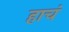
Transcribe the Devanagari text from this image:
हाचं